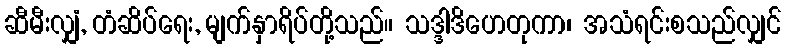
ဆီမီးလျှံ, တံဆိပ်ရေး, မျက်နှာရိပ်တို့သည်။ သဒ္ဒါဒိဟေတုကာ၊ အသံရင်းစသည်လျှင်